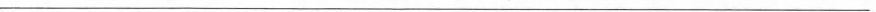
___